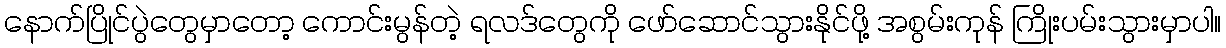
နောက်ပြိုင်ပွဲတွေမှာတော့ ကောင်းမွန်တဲ့ ရလဒ်တွေကို ဖော်ဆောင်သွားနိုင်ဖို့ အစွမ်းကုန် ကြိုးပမ်းသွားမှာပါ။